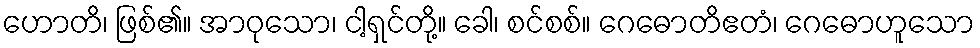
ဟောတိ၊ ဖြစ်၏။ အာဝုသော၊ ငါ့ရှင်တို့။ ခေါ၊ စင်စစ်။ ဂေဓောတိဧတံ၊ ဂေဓောဟူသော